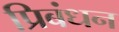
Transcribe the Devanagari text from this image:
प्रिबंधन